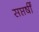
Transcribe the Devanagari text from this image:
सप्तर्षीं